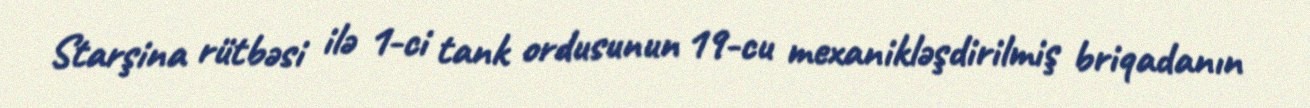
Starşina rütbəsi ilə 1-ci tank ordusunun 19-cu mexanikləşdirilmiş briqadanın